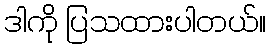
ဒါကို ပြသထားပါတယ်။